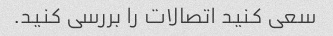
سعی کنید اتصالات را بررسی کنید.